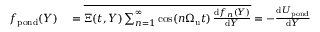
\begin{array} { r l } { f _ { \mathrm { p o n d } } ( Y ) } & { { } = \overline { { \Xi ( t , Y ) \sum _ { n = 1 } ^ { \infty } \cos ( n { \Omega _ { \mathrm { u } } } t ) \, { \frac { \mathrm { d } f _ { n } ( Y ) } { \mathrm { d } Y } } } } = - { \frac { \mathrm { d } U _ { \mathrm { p o n d } } } { \mathrm { d } Y } } } \end{array}